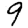
Digit: 9